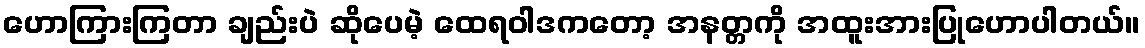
ဟောကြားကြတာ ချည်းပဲ ဆိုပေမဲ့ ထေရဝါဒကတော့ အနတ္တကို အထူးအားပြုဟောပါတယ်။